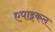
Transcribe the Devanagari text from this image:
एपाइकल